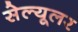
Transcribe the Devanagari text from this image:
सेल्‍यूलर